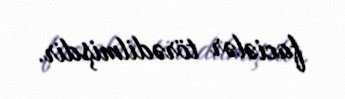
faciələr törədilmişdir.